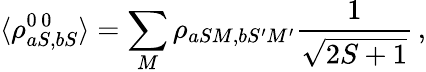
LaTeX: \langle\rho_{aS,bS}^{0\, 0}\rangle=\sum_{M}\rho_{aSM,bS^{\prime}M^{\prime}}\frac{1}{\sqrt{2S+1}}\, ,